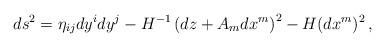
LaTeX: \begin{align*}ds^{2}= \eta_{ij}dy^{i}dy^{j} -H^{-1}\left(dz +{A}_{m} dx^{m}\right)^{2} -H (dx^{m})^2\, ,\end{align*}